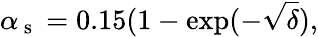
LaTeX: \alpha_{\mathrm{~s~}}=0.15(1-\exp(-\sqrt{\delta}),